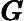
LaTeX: \pmb{G}